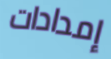
إمدادات